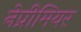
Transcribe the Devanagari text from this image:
नेप्रीमियर